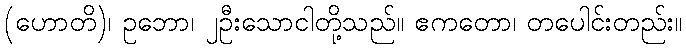
(ဟောတိ)၊ ဥဘော၊ ၂ဦးသောငါတို့သည်။ ဧကတော၊ တပေါင်းတည်း။